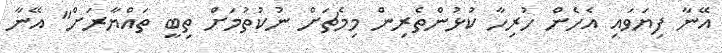
އޭނާ ފިޔަވައި އެހެން ހުރިހާ ކުޅުންތެރިން މިމެޗަށް ނުކުތުމަށް ތިބީ ތައްޔާރަށް" އޭނާ